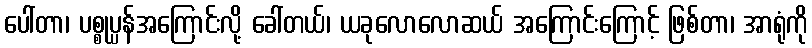
ပေါ်တာ၊ ပစ္စုပ္ပန်အကြောင်းလို့ ခေါ်တယ်၊ ယခုလောလောဆယ် အကြောင်းကြောင့် ဖြစ်တာ၊ အာရုံကို